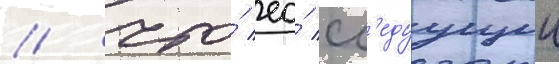
/ что́ ео́ сл'едуущии